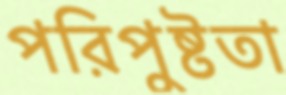
পরিপুষ্টতা